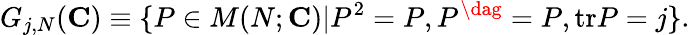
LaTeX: G_{j,N}({\mathbf{C}})\equiv\{ P\in M(N;{\mathbf{C}})|P^{2}=P,P^{\dag}=P,\mathrm{tr}P=j\} .